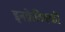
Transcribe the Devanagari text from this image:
इनक्रेटिनकी